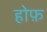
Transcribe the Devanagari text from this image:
होफ़